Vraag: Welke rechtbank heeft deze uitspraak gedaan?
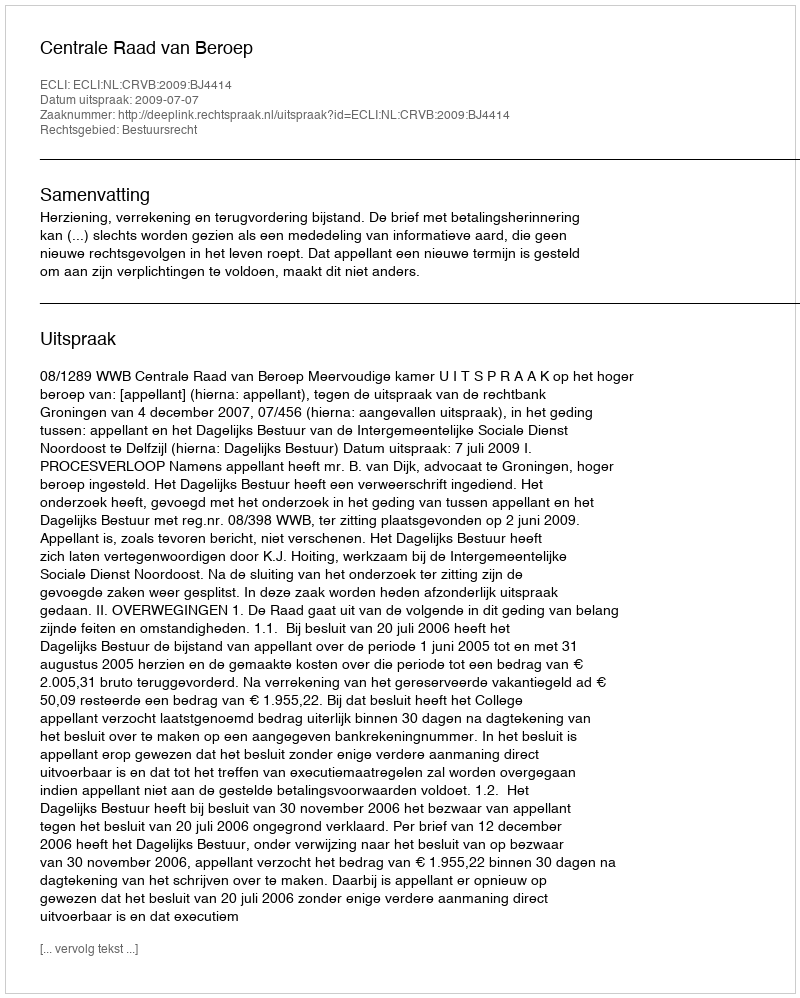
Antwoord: Centrale Raad van Beroep